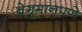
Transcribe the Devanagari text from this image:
बेगुमानपणे